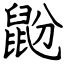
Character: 鼢